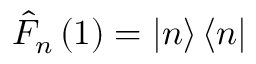
\hat { F } _ { n } \left( 1 \right) = \left| n \right\rangle \left\langle n \right|